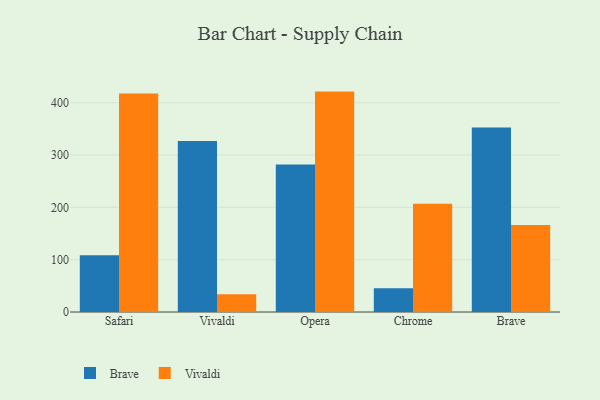
{"axis": {"x": "Browser", "y": "Customer Acquisition Cost (USD)"}, "legend": ["Brave", "Vivaldi"], "data": [{"x": "Safari", "y": 108.4, "type": "Brave"}, {"x": "Safari", "y": 417.6, "type": "Vivaldi"}, {"x": "Vivaldi", "y": 326.9, "type": "Brave"}, {"x": "Vivaldi", "y": 34.0, "type": "Vivaldi"}, {"x": "Opera", "y": 281.8, "type": "Brave"}, {"x": "Opera", "y": 421.2, "type": "Vivaldi"}, {"x": "Chrome", "y": 45.2, "type": "Brave"}, {"x": "Chrome", "y": 207.1, "type": "Vivaldi"}, {"x": "Brave", "y": 352.4, "type": "Brave"}, {"x": "Brave", "y": 166.3, "type": "Vivaldi"}]}